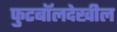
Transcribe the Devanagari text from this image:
फुटबॉलदेखील